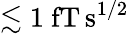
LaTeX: \lesssim 1~\mathrm{fT\, s^{1/2}}